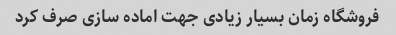
فروشگاه زمان بسیار زیادی جهت اماده سازی صرف کرد